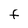
Character: F